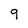
Character: 9